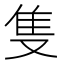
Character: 隻